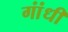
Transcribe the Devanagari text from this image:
गांंधी